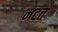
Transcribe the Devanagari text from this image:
नटत